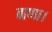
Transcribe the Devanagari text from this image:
बाणा।